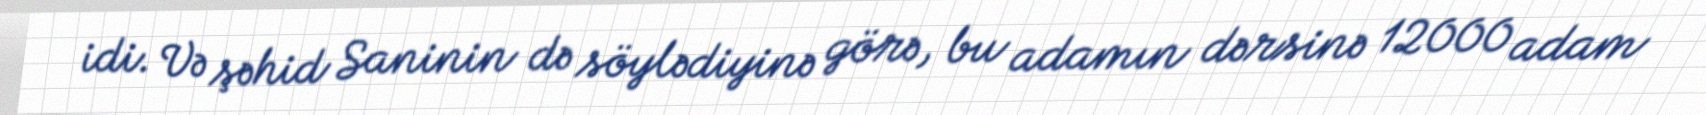
idi. Və şəhid Saninin də söylədiyinə görə, bu adamın dərsinə 12000 adam